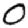
Digit: 0